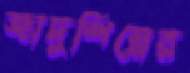
জাদুশিল্পের